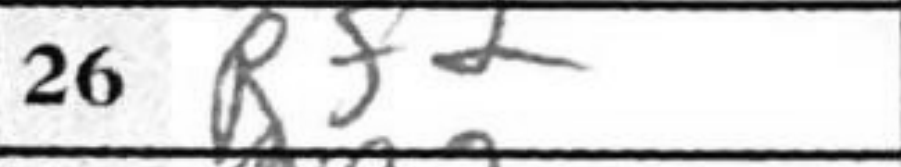
Transcription: Rf2